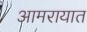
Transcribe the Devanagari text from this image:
आमरायात